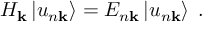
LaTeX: H _ { \mathbf { k } } \left| u _ { n \mathbf { k } } \right\rangle = E _ { n \mathbf { k } } \left| u _ { n \mathbf { k } } \right\rangle \; .